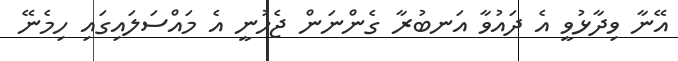
އޭނާ ވިދާޅުވީ އެ ދައުވާ އަނބުރާ ގެންނަން ޖެހުނީ އެ މައްސަލައިގައި ހިމެނޭ